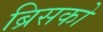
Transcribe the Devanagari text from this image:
ब्रिसको